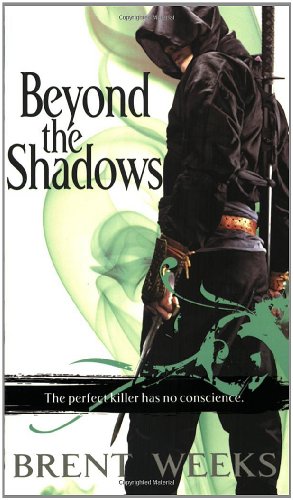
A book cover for Beyond the Shadows: The Night Angel Trilogy, 3; Brent Weeks; Science Fiction & Fantasy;